65_HS1-834228961_62-HQ-83894_SUB_A
Agency: FBI
Page 16
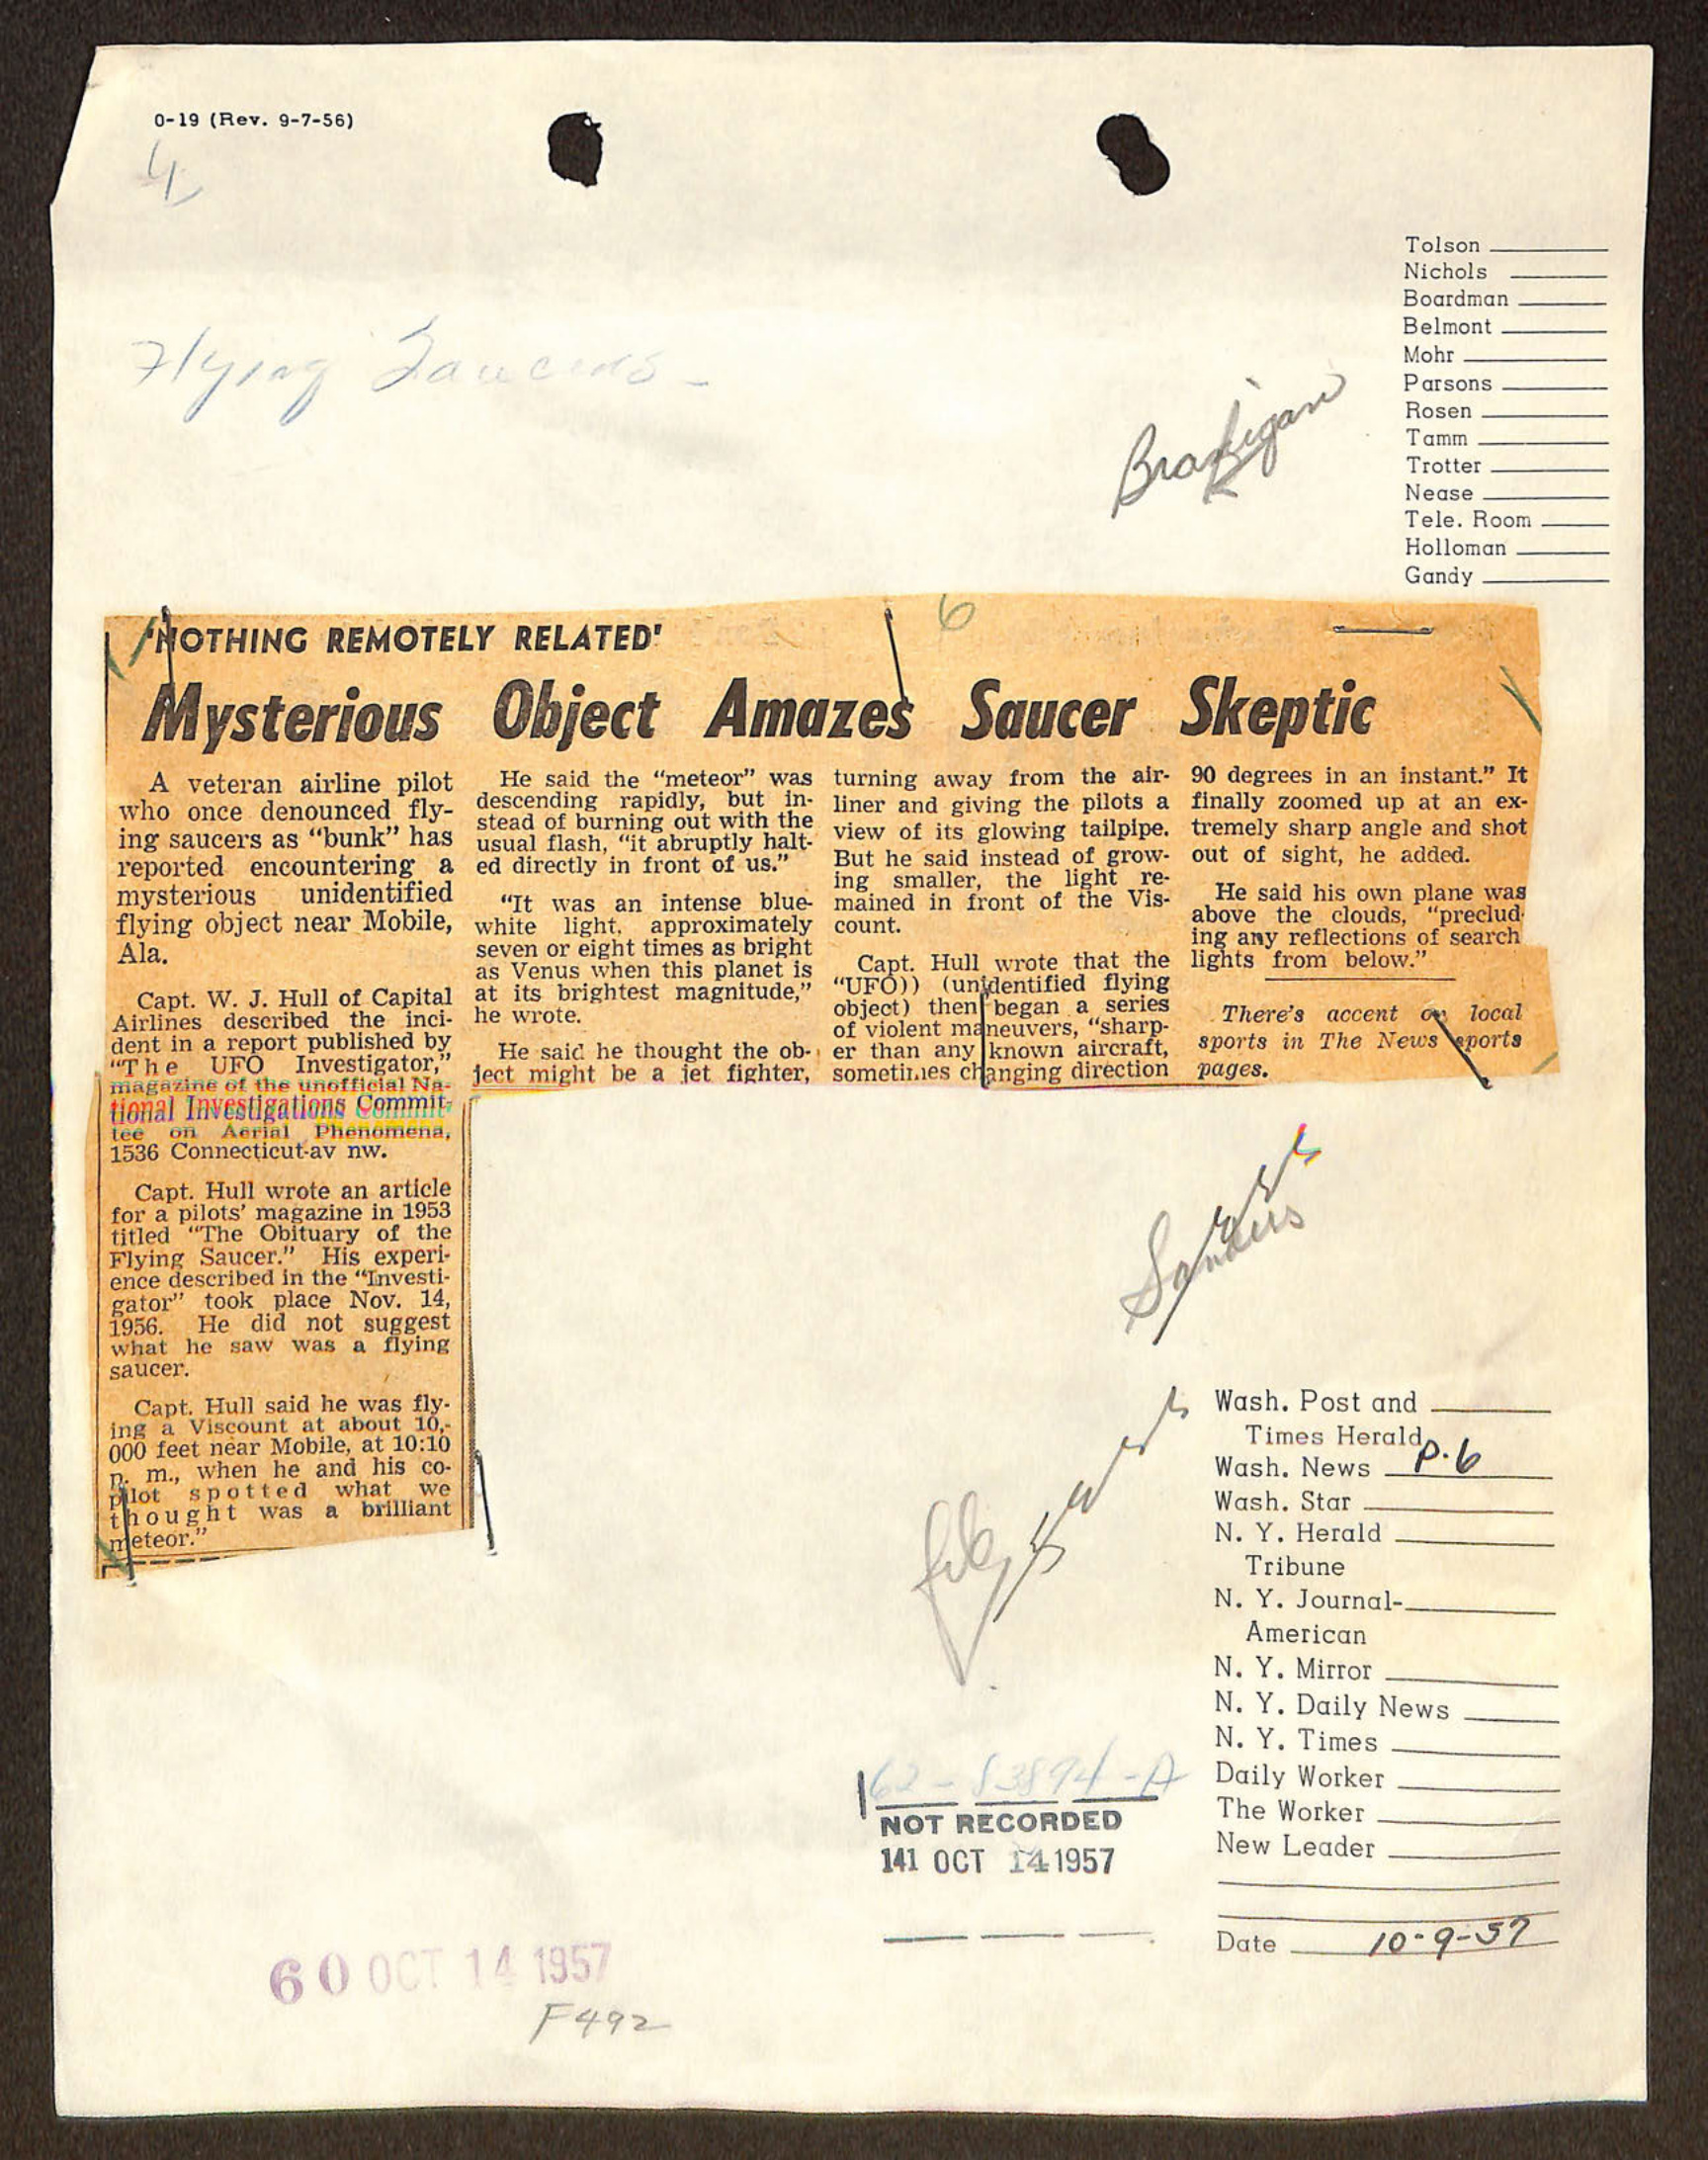